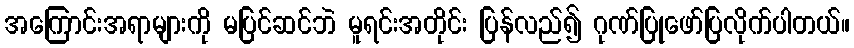
အကြောင်းအရာများကို မပြင်ဆင်ဘဲ မူရင်းအတိုင်း ပြန်လည်၍ ဂုဏ်ပြုဖော်ပြလိုက်ပါတယ်။